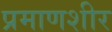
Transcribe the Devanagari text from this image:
प्रमाणशीर